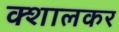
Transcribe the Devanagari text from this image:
क्शालकर